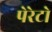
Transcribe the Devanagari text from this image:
पेरेटो